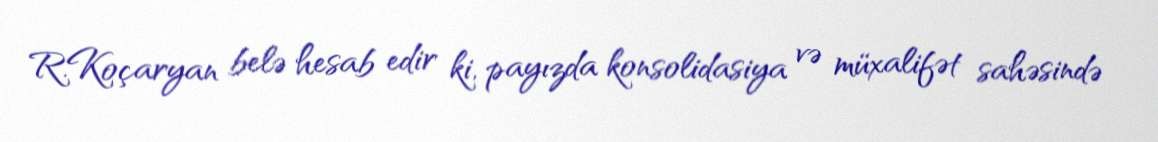
R.Koçaryan belə hesab edir ki, payızda konsolidasiya və müxalifət sahəsində